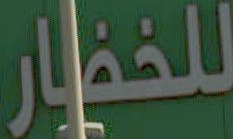
للخضار